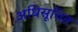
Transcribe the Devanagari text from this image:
अधिसूचित